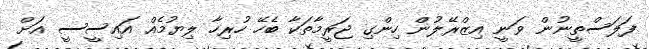
ފަލަސްތީނުން ވަނީ އިޒްރޭލުން ހިންގި ޖަރީމާތަކާ ބެހޭ ހުރިހާ ލިޔުމެއް އައިސީސީ އަށް